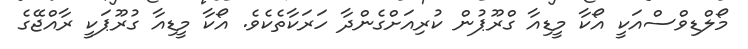
މޯލްޑިވްސްއަކީ އޯކާ މީޑިއާ ގްރޫޕުން ކުރިއަށްގެންދާ ހަރަކާތެކެވެ. އޯކާ މީޑިއާ ގުރޫޕަކީ ރާއްޖޭގެ